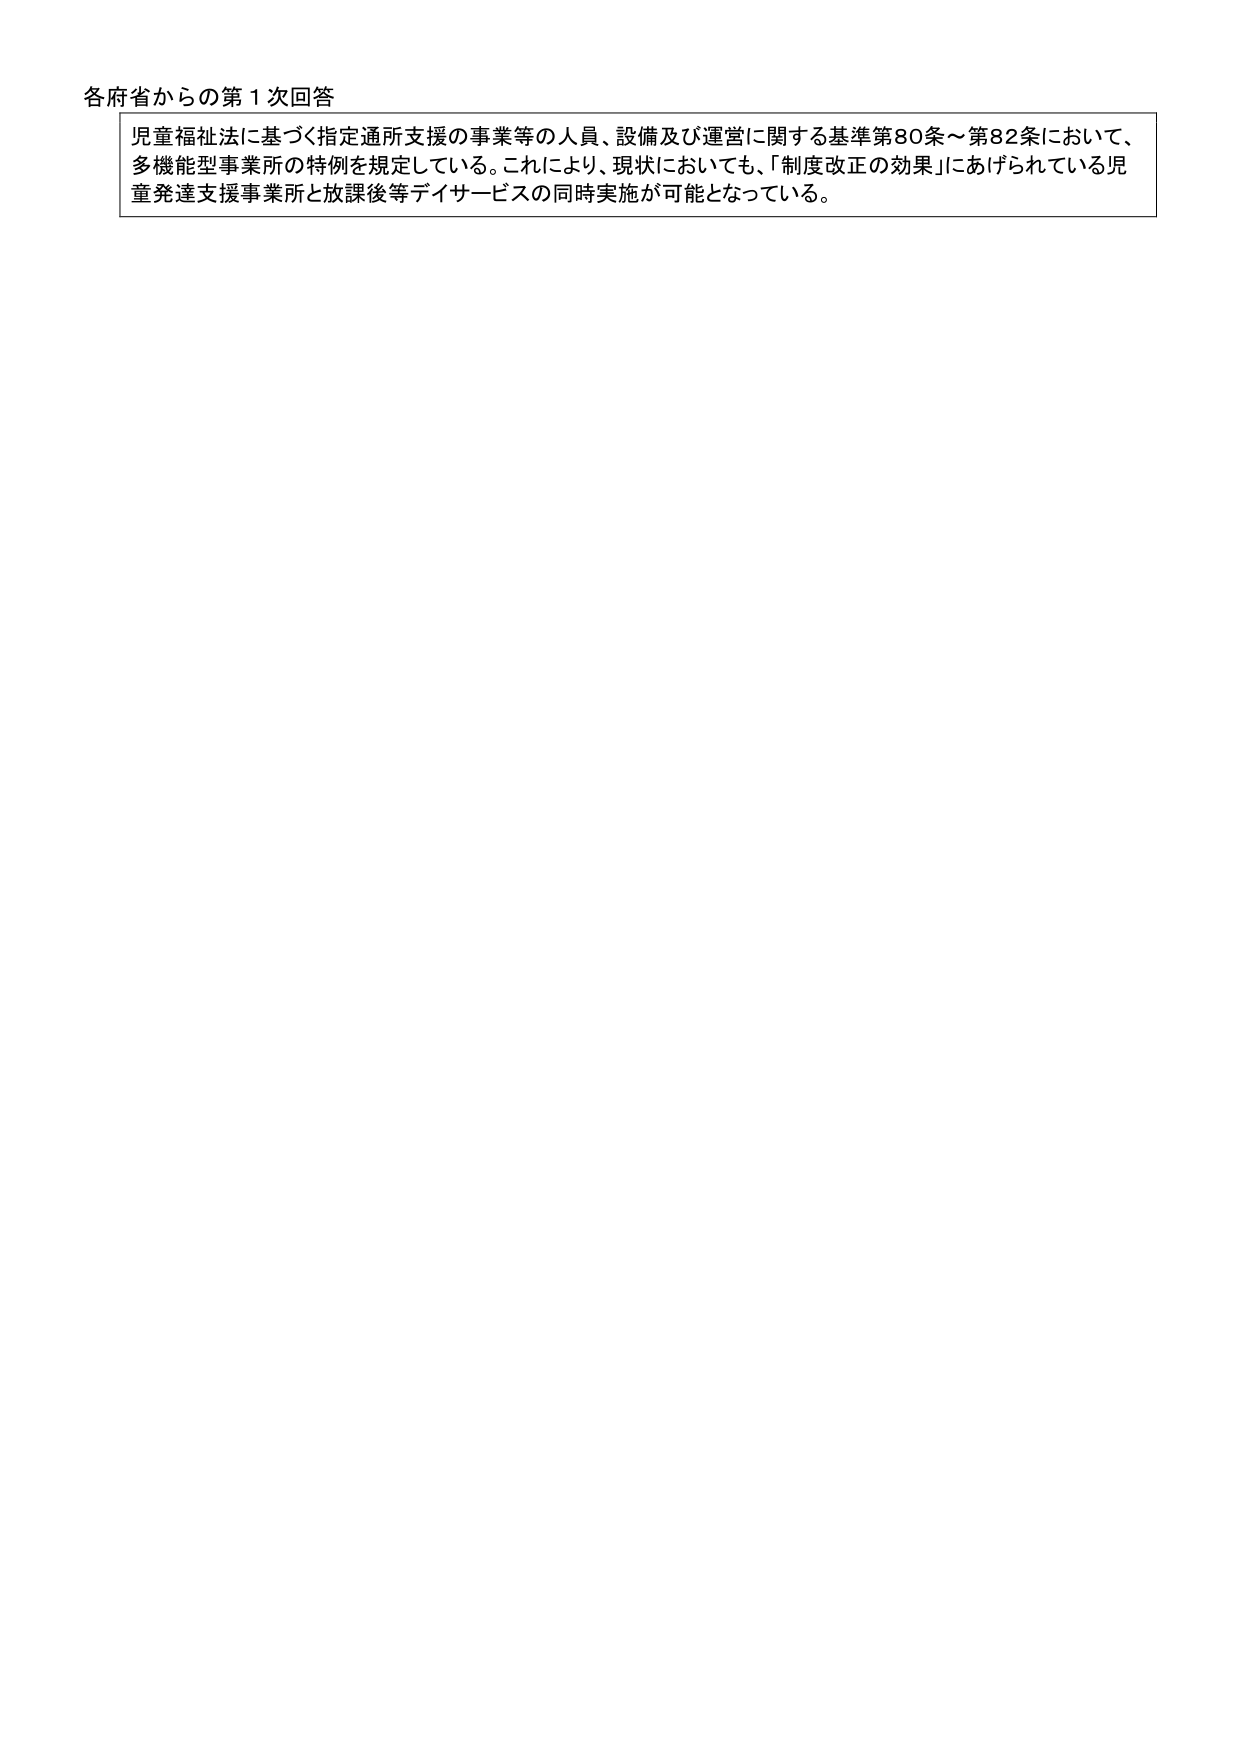
各府省からの第１次回答

児童福祉法に基づく指定通所支援の事業等の人員、設備及び運営に関する基準第80条～第82条において、
多機能型事業所の特例を規定している。これにより、現状においても、「制度改正の効果」にあげられている児
童発達支援事業所と放課後等デイサービスの同時実施が可能となっている。